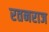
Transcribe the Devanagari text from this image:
रतनराज